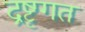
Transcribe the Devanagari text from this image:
द्रष्टृगत